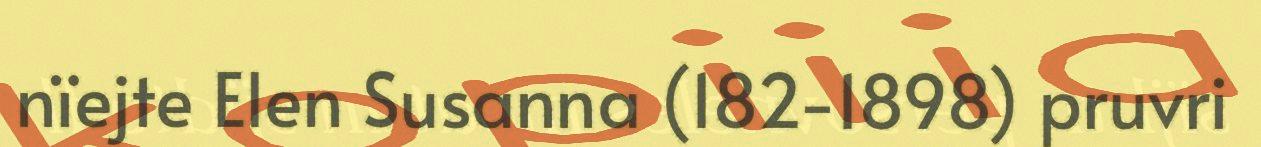
nïejte Elen Susanna (182-1898) pruvri